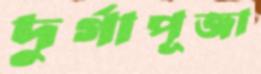
দুর্গাপূজা